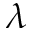
\lambda